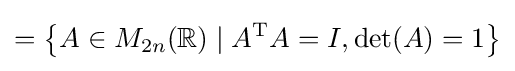
=\left\{A\in M_{2n}(\mathbb {R} )\mid A^{\mathrm {T} }A=I,\det(A)=1\right\}